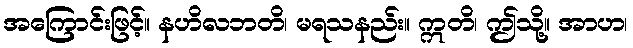
အကြောင်းဖြင့်။ နဟိလဘတိ၊ မရသနည်း။ ဣတိ၊ ဤသို့။ အာဟ၊